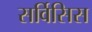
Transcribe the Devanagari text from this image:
सर्विसिस